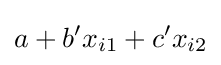
a+b'x_{i1}+c'x_{i2}